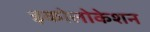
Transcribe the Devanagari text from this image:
इकोलोकेशन